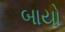
બાયો